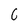
Character: 6